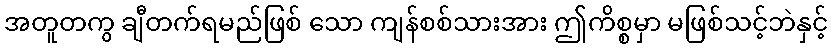
အတူတကွ ချီတက်ရမည်ဖြစ် သော ကျန်စစ်သားအား ဤကိစ္စမှာ မဖြစ်သင့်ဘဲနှင့်